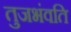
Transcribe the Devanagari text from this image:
तुजभंवति